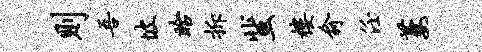
则吾坡眙拆蜚楼俞任萋